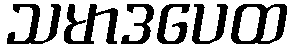
သမာဒပေထ